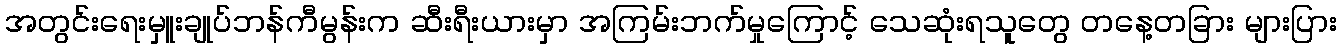
အတွင်းရေးမှူးချုပ်ဘန်ကီမွန်းက ဆီးရီးယားမှာ အကြမ်းဘက်မှုကြောင့် သေဆုံးရသူတွေ တနေ့တခြား များပြား